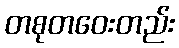
တစုတဝေးတည်း